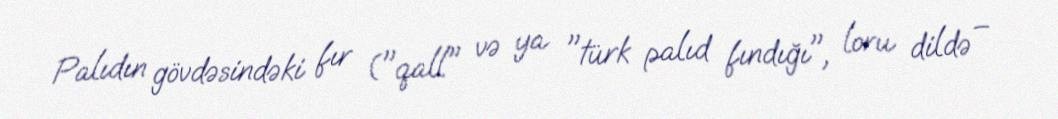
Palıdın gövdəsindəki fır ("qall" və ya "türk palıd fındığı", loru dildə –